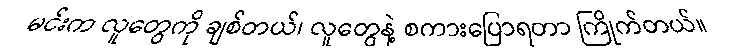
မင်းက လူတွေကို ချစ်တယ်၊ လူတွေနဲ့ စကားပြောရတာ ကြိုက်တယ်။